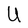
Character: U